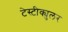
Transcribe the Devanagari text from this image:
टेस्टीक्युलर